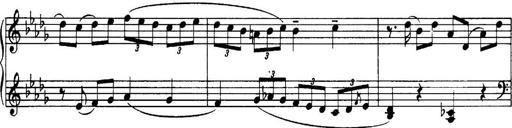
Title: 3 Sonatinas, Op.67
Composer: Jean Sibelius